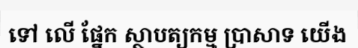
ទៅ លើ ផ្នែក ស្ថាបត្យកម្ម ប្រាសាទ យើង